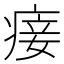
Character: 𰣴